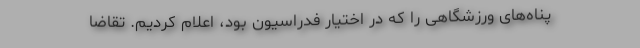
پناه‌های ورزشگاهی را که در اختیار فدراسیون بود، اعلام کردیم. تقاضا